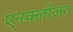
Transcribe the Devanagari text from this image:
एनक्लोजर